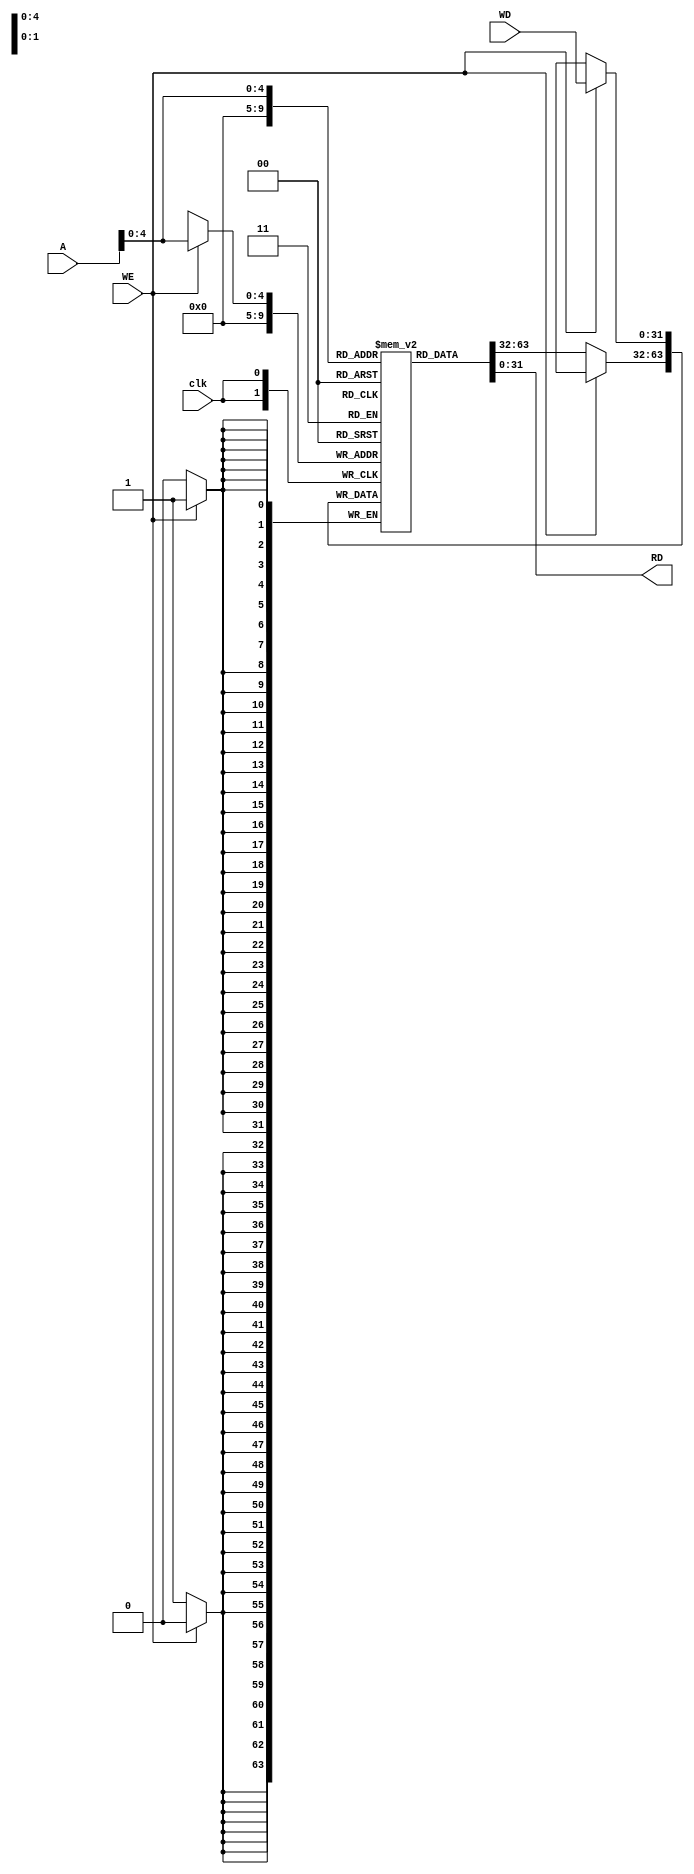
module dm(input clk, WE, input[31:0] A, WD, output [31:0] RD);
reg[31:0] mem[0:31];
integer i;

initial begin
mem[0] = 32'd1; // for s0 = 1
for(i=1;i<10;i=i+1)
begin
mem[i]=32'd0;
end
mem[10] = 32'b0101_0101_1010_1010_0101_0101_1010_1010; // 0x55aa_55aa
mem[11] = 32'b0111_0111_1000_1000_0111_0111_1000_1000; // 0x7788_7788
end

always @(posedge clk)
begin
if(WE)
	mem[A]<=WD;
else
	mem[0]<=mem[0];
end
assign RD=mem[A];

endmodule